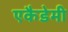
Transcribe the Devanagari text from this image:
एकैडेमी